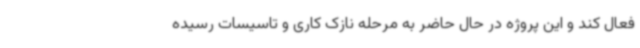
فعال کند و این پروژه در حال حاضر به مرحله نازک کاری و تاسیسات رسیده